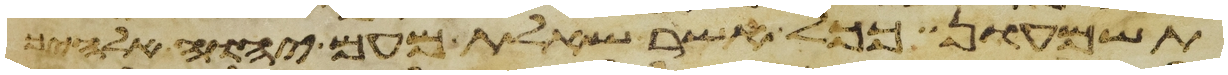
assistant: תשמעון ככל אשר שאלת מעם יהוה אלהיך